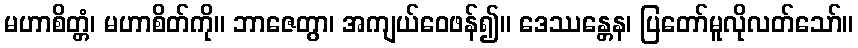
မဟာစိတ္တံ၊ မဟာစိတ်ကို။ ဘာဇေတွာ၊ အကျယ်ဝေဖန်၍။ ဒေဿန္တေန၊ ပြတော်မူလိုလတ်သော်။